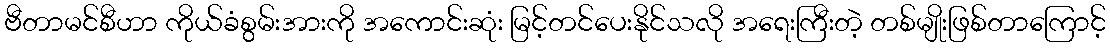
ဗီတာမင်စီဟာ ကိုယ်ခံစွမ်းအားကို အကောင်းဆုံး မြင့်တင်ပေးနိုင်သလို အရေးကြီးတဲ့ တစ်မျိုးဖြစ်တာကြောင့်